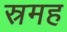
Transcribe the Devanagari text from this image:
स्रमह